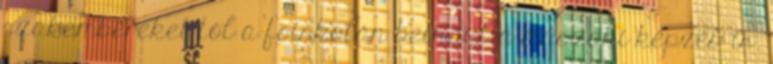
szakembereket tól a fõiskolán beindul a mûszaki képzés is.